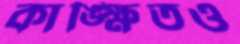
কাঙ্ক্ষিতও